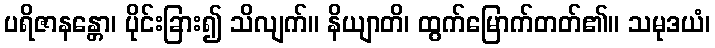
ပရိဇာနန္တော၊ ပိုင်းခြား၍ သိလျက်။ နိယျာတိ၊ ထွက်မြောက်တတ်၏။ သမုဒယံ၊